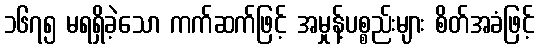
၁၆၇၅ မရရှိခဲ့သော ကက်ဆက်ဖြင့် အမှုန့်ပစ္စည်းများ စိတ်အခံဖြင့်